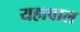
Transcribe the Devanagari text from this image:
यहावाल